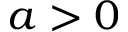
a > 0